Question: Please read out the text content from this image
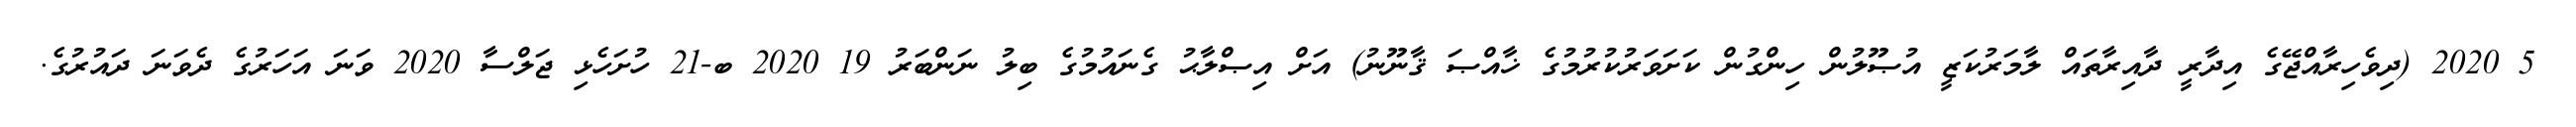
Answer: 5 2020 (ދިވެހިރާއްޖޭގެ އިދާރީ ދާއިރާތައް ލާމަރުކަޒީ އުޞޫލުން ހިންގުން ކަށަވަރުކުރުމުގެ ޚާއްޞަ ޤާނޫނު) އަށް އިޞްލާޙު ގެނައުމުގެ ބިލު ނަންބަރު 19 2020 ބ-21 ހުށަހެޅި ޖަލްސާ 2020 ވަނަ އަހަރުގެ ދެވަނަ ދައުރުގެ.